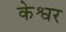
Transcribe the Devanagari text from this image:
केश्वर